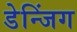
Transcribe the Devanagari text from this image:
डेन्जिंग